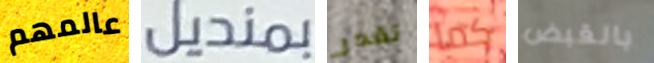
عالمهم بمنديل تقدر كما بالقبض